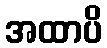
အထာပိ